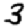
Digit: 3